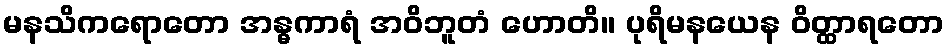
မနသိကရောတော အန္ဓကာရံ အဝိဘူတံ ဟောတိ။ ပုရိမနယေန ဝိတ္ထာရတော